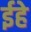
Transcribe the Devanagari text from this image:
ईहे